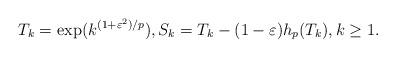
LaTeX: \begin{align*}T_k =\exp(k^{(1+\varepsilon^2)/p}),S_k =T_k -(1-\varepsilon) h_p(T_k),k\ge 1.\end{align*}